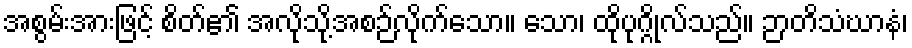
အစွမ်းအားဖြင့် စိတ်၏ အလိုသို့အစဉ်လိုက်သော။ သော၊ ထိုပုဂ္ဂိုလ်သည်။ ဉာတိသံဃာနံ၊